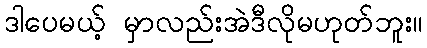
ဒါပေမယ့် မှာလည်းအဲဒီလိုမဟုတ်ဘူး။